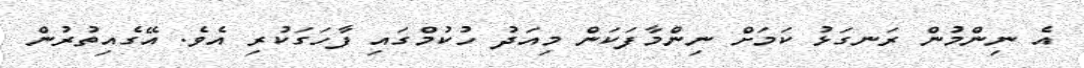
އެ ނިންމުން ރަނގަޅު ކަމަށް ނިންމާފަކަން މިއަދު ހުކުމްގައި ފާހަގަކުރި އެވެ. އޭގެއިތުރުން